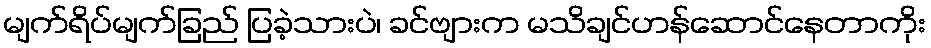
မျက်ရိပ်မျက်ခြည် ပြခဲ့သားပဲ၊ ခင်ဗျားက မသိချင်ဟန်ဆောင်နေတာကိုး